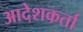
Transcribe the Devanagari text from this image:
आदेशकर्ता